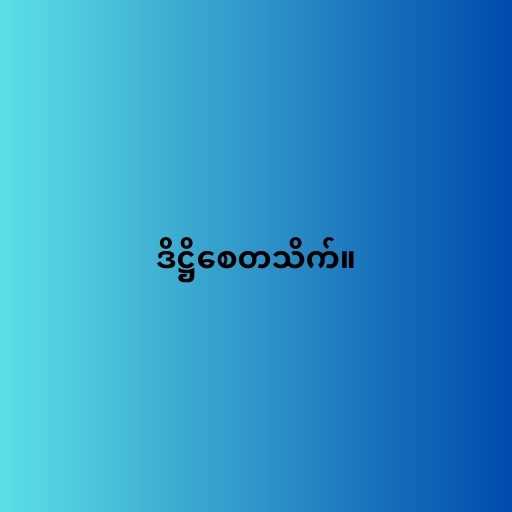
ဒိဋ္ဌိစေတသိက်။